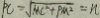
P C = \sqrt { M C ^ { 2 } + P M ^ { 2 } } = n